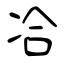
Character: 冾